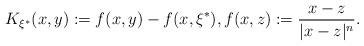
LaTeX: \begin{align*} K_{\xi^*}(x,y) := f(x,y) - f(x, \xi^*), f(x,z) := \frac{x -z}{|x-z|^n}. \end{align*}